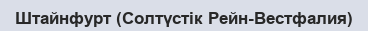
Штайнфурт (Солтүстік Рейн-Вестфалия)